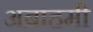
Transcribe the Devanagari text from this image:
अब्राहमी